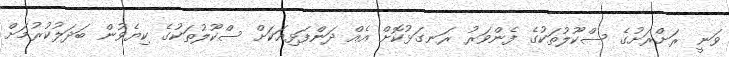
ވަނީ ރަށްރަށުގެ ސްކޫލުތަކުގެ ފެންވަރު ރަނގަޅުކޮށް އެއް ދަންފަޅިއަކަށް ސްކޫލުތަކުގެ ކިޔެވުން ބަދަލުކުރުމަށް